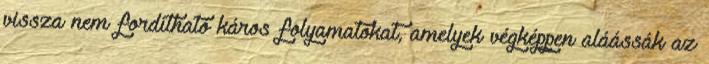
vissza nem fordítható káros folyamatokat, amelyek végképpen aláássák az